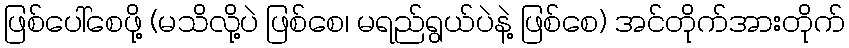
ဖြစ်ပေါ်စေဖို့ (မသိလို့ပဲ ဖြစ်စေ၊ မရည်ရွယ်ပဲနဲ့ ဖြစ်စေ) အင်တိုက်အားတိုက်